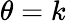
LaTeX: \theta=k